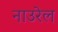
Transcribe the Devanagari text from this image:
नाउरेल